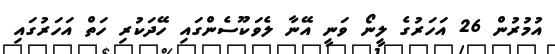
އުމުރުން 26 އަހަރުގެ ލީނޯ ވަނީ އޭނާ ލެވަކޫސެންގައި ހޭދަކުރި ހަތް އަހަރުގައި